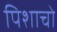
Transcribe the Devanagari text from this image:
पिशाचो